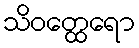
သိဝတ္ထေရော